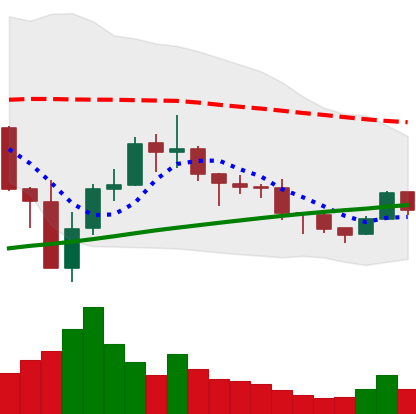
Ticker: BNB-USD
Chart end date: 2019-08-02
Forward return: 4.693%
Label: up_3_5